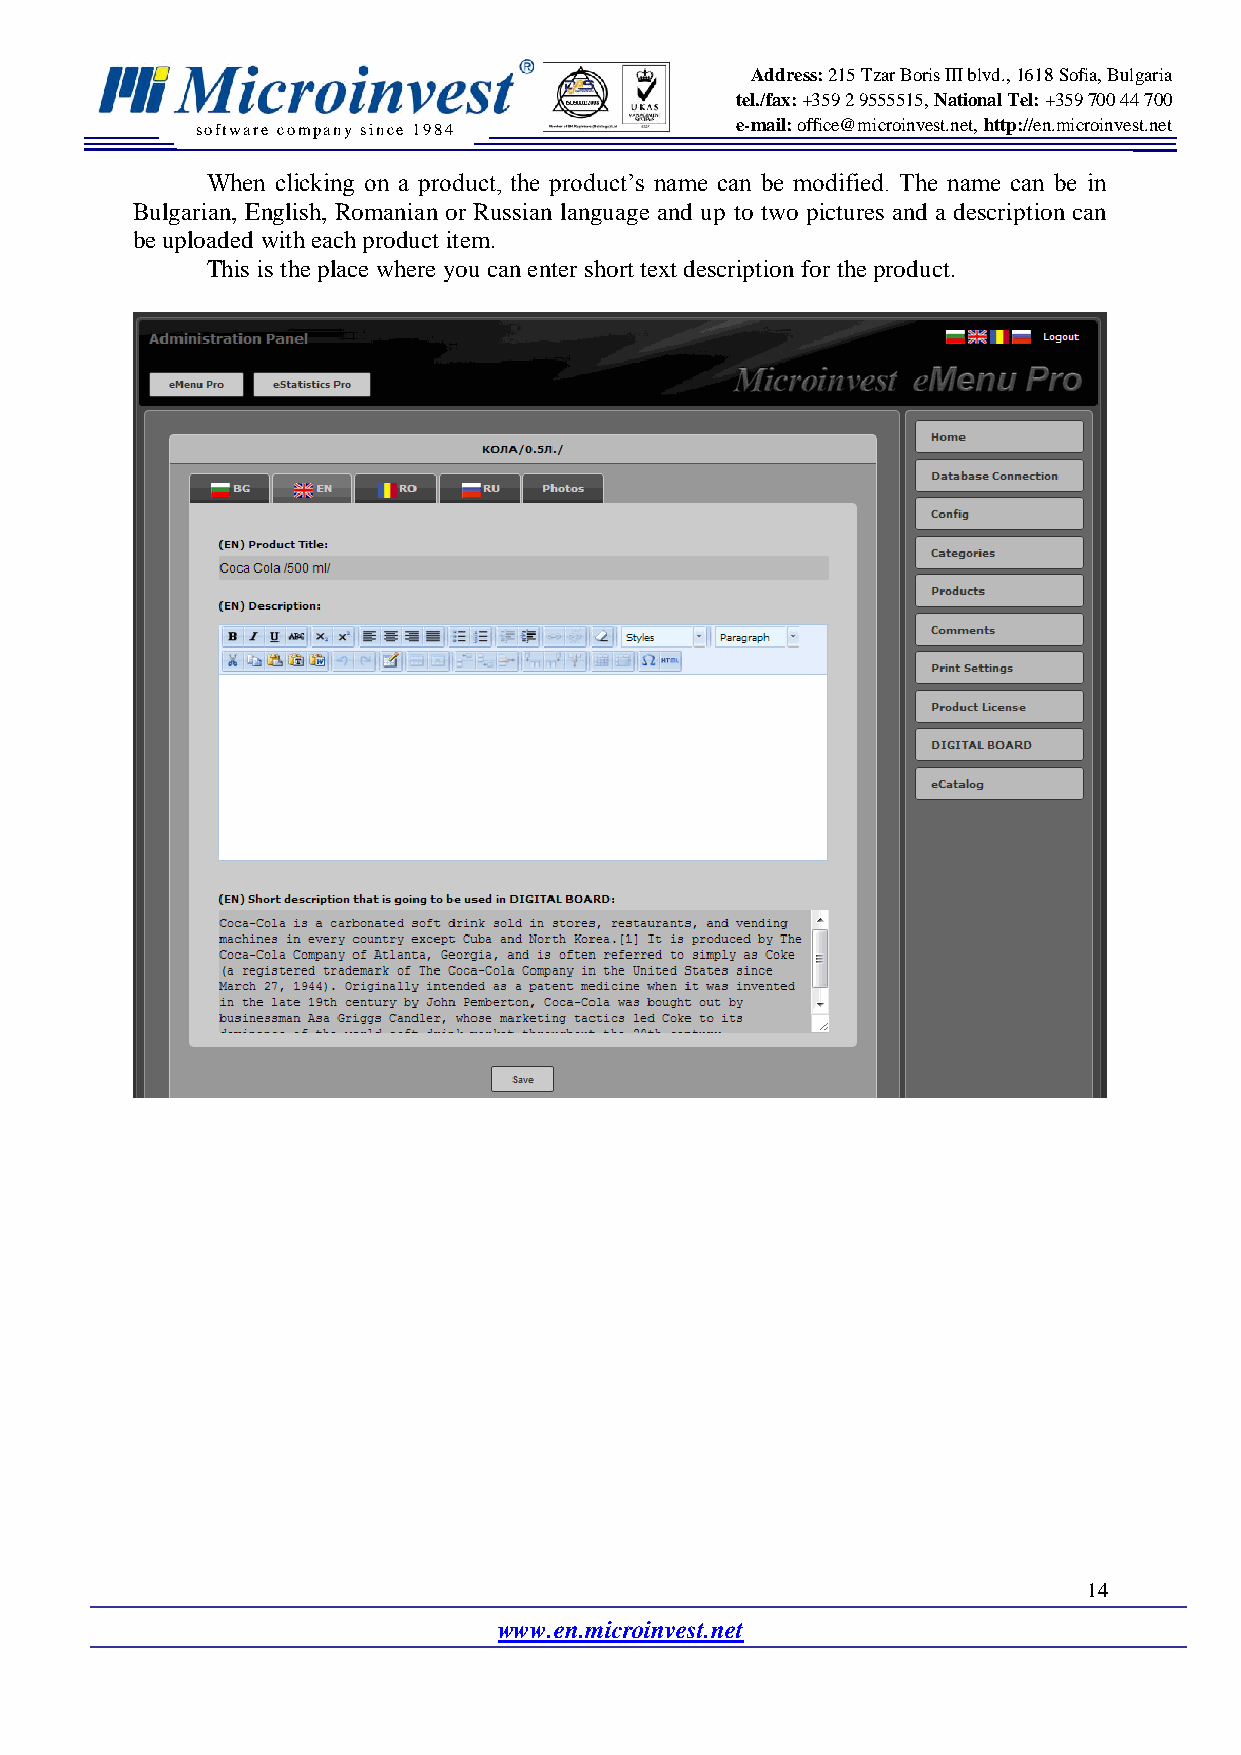
Address: 215 Tzar Boris III blvd., 1618 Sofia, Bulgaria
 tel./fax: +359 2 9555515, National Tel: +359 700 44 700
 software company since 19 84        e-mail: office@microinvest.net, http://en.microinvest.net
 When clicking on a product, the product’s name can be modified. The name can be in
 Bulgarian, English, Romanian or Russian language and up to two pictures and a description can
 be uploaded with each product item.
 This is the place where you can enter short text description for the product.
 14
 www.en.microinvest.net